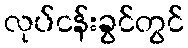
လုပ်ငန်းခွင်တွင်